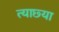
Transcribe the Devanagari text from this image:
त्याछ्या